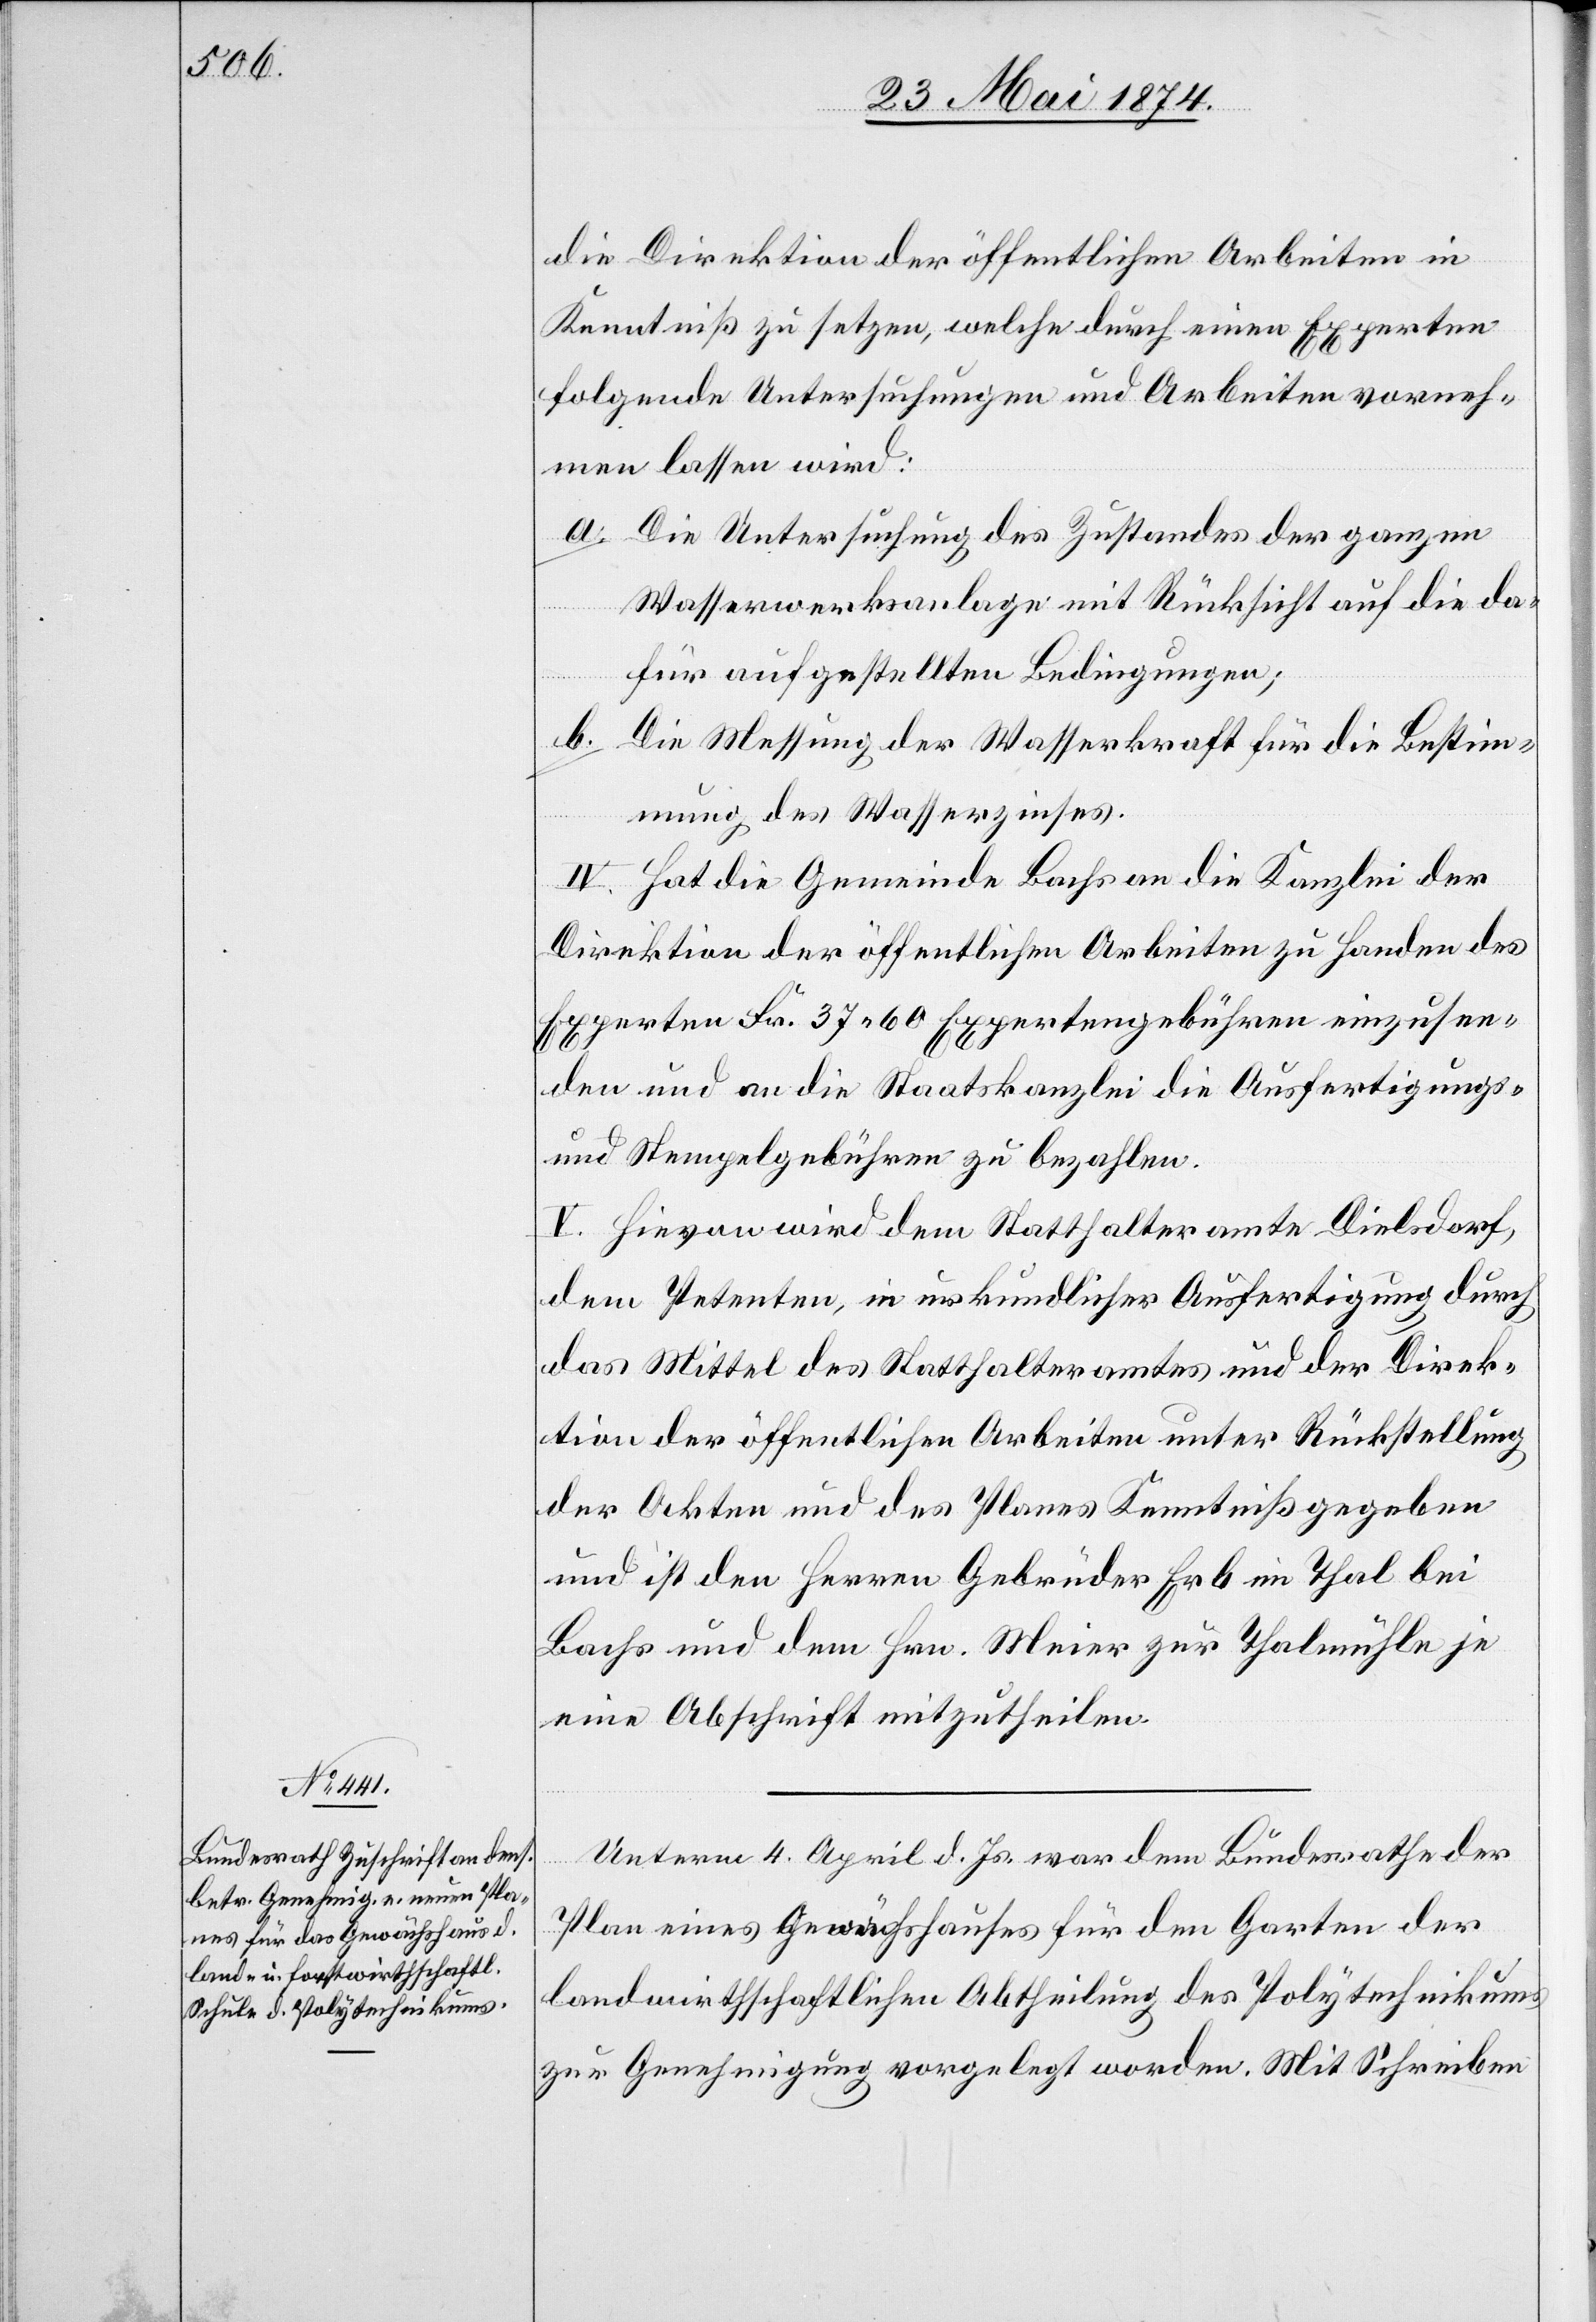
die Direktion der öffentlichen Arbeiten in
Kenntniß zu setzen, welche durch einen Experten
folgende Untersuchungen und Arbeiten vorneh¬
men lassen wird:
a. Die Untersuchung des Zustandes der ganzen
Wasserwerksanlage mit Rücksicht auf die da¬
für aufgestellten Bedingungen;
b. Die Messung der Wasserkraft für die Bestim¬
mung des Wasserzinses.
IV. Hat die Gemeinde Bachs an die Kanzlei der
Direktion der öffentlichen Arbeiten zu Handen des
Experten Fr. 37.60 Expertengebühren einzusen¬
den und an die Staatskanzlei die Ausfertigungs-
und Stempelgebühren zu bezahlen.
V. Hievon wird dem Statthalteramte Dielsdorf,
dem Petenten, in urkundlicher Ausfertigung durch
das Mittel des Statthalteramtes und der Direk¬
tion der öffentlichen Arbeiten unter Rückstellung
der Akten und des Planes Kenntniß gegeben
und ist den Herren Gebrüder Erb im Thal bei
Bachs und dem Hrn. Meier zur Thalmühle je
eine Abschrift mitzutheilen.
Unterm 4. April d. Js. war dem Bundesrathe der
Plan eines Gewächshauses für den Garten der
landwirthschaftlichen Abtheilung des Polytechnikums
zur Genehmigung vorgelegt worden. Mit Schreiben